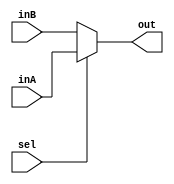
`timescale 1ns / 1ps

////////////////////////////////////////////////////////////////////////////////
// Last Edits: Nirmal Kumbhare, Ali Akoglu
// 
// Module - Mux32Bit2To1.v
// Description - Use the sel input signal to choose which 32-bit inputs should be at the output
//              - sel = 1, out = inA
//              - sel = 0, out = inB
//
// Company: University of Arizona - ECE274A - Digital Logic
// Engineer(s): Adrian Bao, Bob Bradford
// Comments: Implementation of 32-bit 2x1 Mux logic shown below 
// Last Edit: 10/27/2018 - Implemented 2x1 Mux logic
//
////////////////////////////////////////////////////////////////////////////////

module Mux32Bit2To1(out, inA, inB, sel);

    output reg [31:0] out;
    
    input [31:0] inA;
    input [31:0] inB;
    input sel;

    // Output Expression for 2x1 mux: out = (inA & sel) | (inB & !sel)
    always @ (sel, inA, inB) begin
        if (sel)
            out <= inA;
        else
            out <= inB;
    end

endmodule